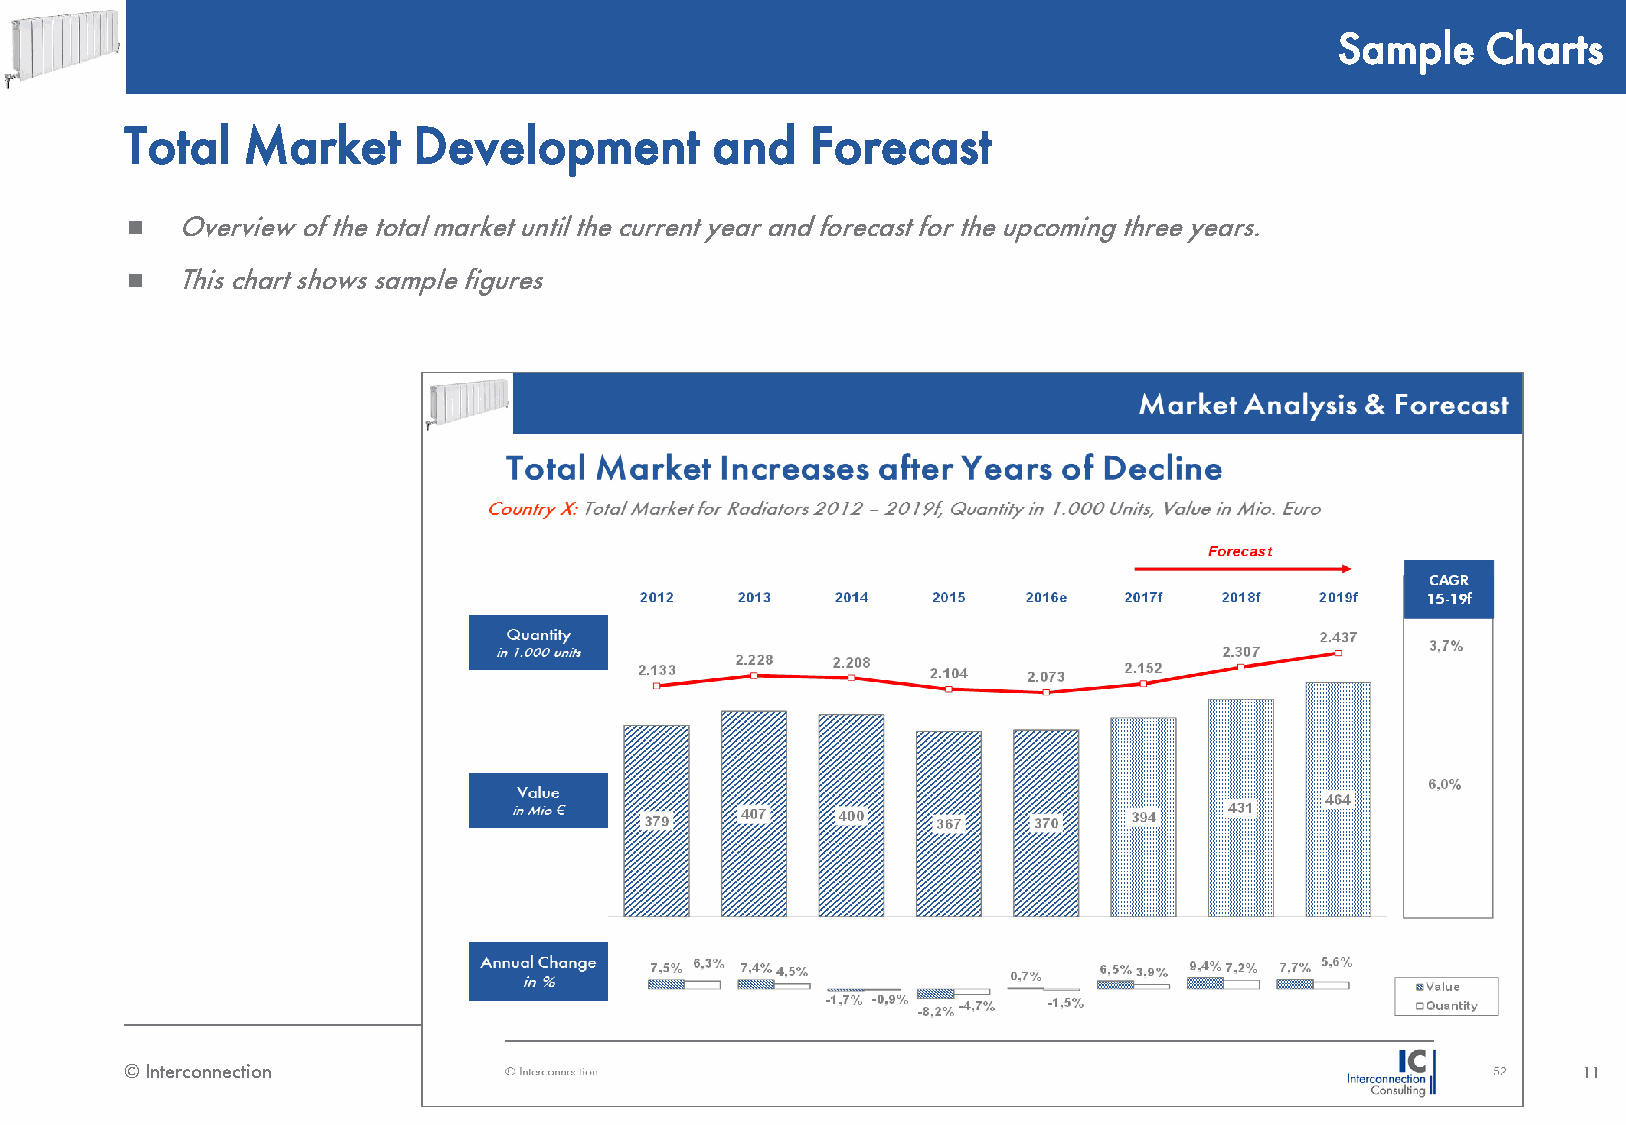
Sample    Charts
 Total   Market     Development         and    Forecast
    Overview of the total market until the current year and forecast for the upcoming three years.
    This chart shows sample figures
 © Interconnection                                                                                11